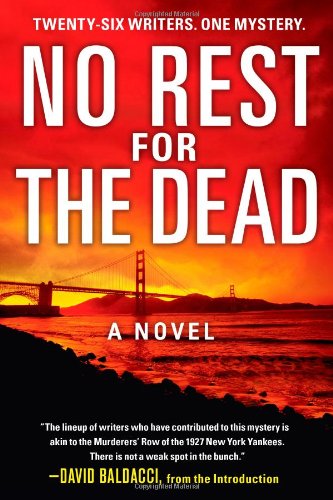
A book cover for No Rest for the Dead; Sandra Brown; Mystery, Thriller & Suspense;